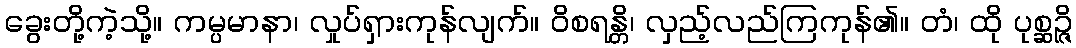
ခွေးတို့ကဲ့သို့။ ကမ္ပမာနာ၊ လှုပ်ရှားကုန်လျက်။ ဝိစရန္တိ၊ လှည့်လည်ကြကုန်၏။ တံ၊ ထို ပုစ္ဆဉ္ဇိ